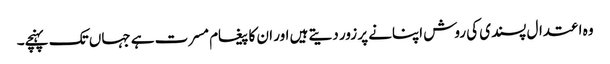
وہ اعتدال پسندی کی روش اپنانے پر زور دیتے ہیں اور ان کا پیغام مسرت ہے جہاں تک پہنچے۔